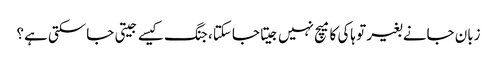
زبان جانے بغیر تو ہاکی کا میچ نہیں جیتا جاسکتا، جنگ کیسے جیتی جاسکتی ہے؟